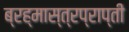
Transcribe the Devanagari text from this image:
ब्रह्मास्त्रप्राप्ती